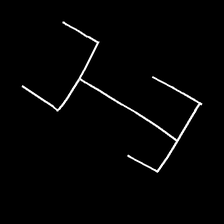
Glyph: entwine